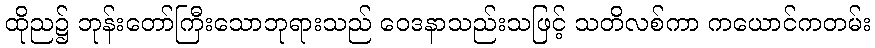
ထိုည၌ ဘုန်းတော်ကြီးသောဘုရားသည် ဝေဒနာသည်းသဖြင့် သတိလစ်ကာ ကယောင်ကတမ်း